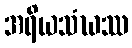
အရိယသံဃဿ